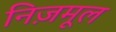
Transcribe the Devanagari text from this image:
निज़मूल